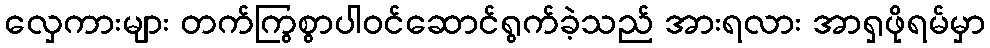
လှေကားများ တက်ကြွစွာပါဝင်ဆောင်ရွက်ခဲ့သည် အားရလား အာရှဖိုရမ်မှာ